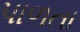
પાળતા